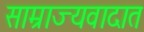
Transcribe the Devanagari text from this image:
साम्राज्यवादात